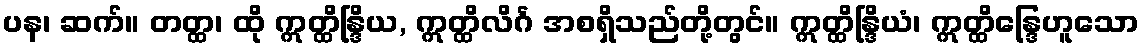
ပန၊ ဆက်။ တတ္ထ၊ ထို ဣတ္ထိန္ဒြိယ, ဣတ္ထိလိင်္ဂ အစရှိသည်တို့တွင်။ ဣတ္ထိန္ဒြိယံ၊ ဣတ္ထိန္ဒြေဟူသော